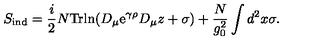
S _ { \mathrm { i n d } } = { \frac { i } { 2 } } N \mathrm { T r l n } ( D _ { \mu } \mathrm { e } ^ { \gamma \rho } D _ { \mu } z + \sigma ) + { \frac { N } { g _ { 0 } ^ { 2 } } } \int d ^ { 2 } x \sigma .